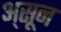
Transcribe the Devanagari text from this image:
अ्सून